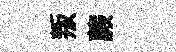
叛蕨